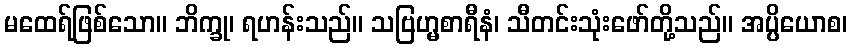
မထေရ်ဖြစ်သော။ ဘိက္ခု၊ ရဟန်းသည်။ သဗြဟ္မစာရီနံ၊ သီတင်းသုံးဖော်တို့သည်။ အပ္ပိယောစ၊